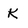
Character: K